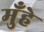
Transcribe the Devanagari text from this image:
मुँहे